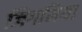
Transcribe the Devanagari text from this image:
जिगनिया